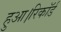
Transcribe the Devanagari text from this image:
हुआ।रिकॉर्ड